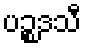
ပဉ္စဒသီ